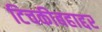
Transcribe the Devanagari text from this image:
टिचकीबहाद्दर